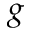
g